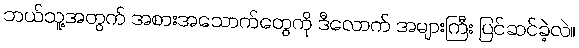
ဘယ်သူ့အတွက် အစားအသောက်တွေကို ဒီလောက် အများကြီး ပြင်ဆင်ခဲ့လဲ။